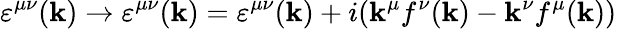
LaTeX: \varepsilon^{\mu\nu}(\mathbf{k})\rightarrow\varepsilon^{\mu\nu}(\mathbf{k})=\varepsilon^{\mu\nu}(\mathbf{k})+i(\mathbf{k}^{\mu}f^{\nu}(\mathbf{k})-\mathbf{k}^{\nu}f^{\mu}(\mathbf{k}))